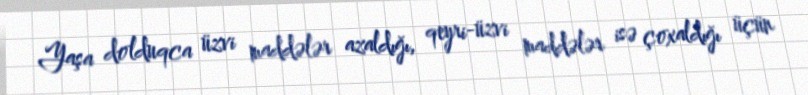
Yaşa dolduqca üzvi maddələr azaldığı, qeyri-üzvi maddələr isə çoxaldığı üçün